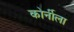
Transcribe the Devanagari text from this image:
कोर्नीला